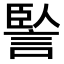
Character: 𧨭